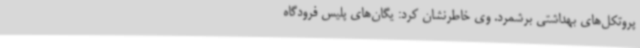
پروتکل‌های بهداشتی برشمرد. وی خاطرنشان کرد: یگان‌های پلیس فرودگاه